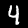
Digit: 4